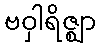
ဗဝှါရိဇ္ဈာ